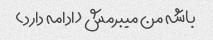
باشه من میبرمش (ادامه دارد)